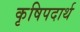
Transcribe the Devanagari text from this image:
कृषिपदार्थ